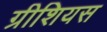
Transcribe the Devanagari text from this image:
ग्रीशियस